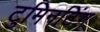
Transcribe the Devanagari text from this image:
टुमिनटिंग